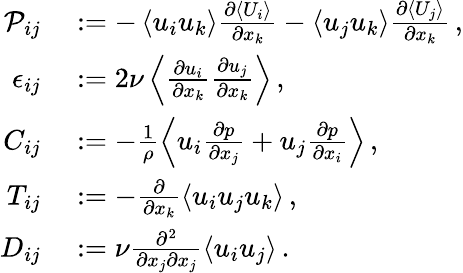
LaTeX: \begin{array}{rl}{\mathcal{P}_{ij}}&{{}:=-\left<u_{i}u_{k}\right>\frac{\partial\left<U_{i}\right>}{\partial x_{k}}-\left<u_{j}u_{k}\right>\frac{\partial\left<U_{j}\right>}{\partial x_{k}}\, ,}\\ {\epsilon_{ij}}&{{}:=2\nu\left<\frac{\partial u_{i}}{\partial x_{k}}\frac{\partial u_{j}}{\partial x_{k}}\right>\, ,}\\ {C_{ij}}&{{}:=-\frac{1}{\rho}\left<u_{i}\frac{\partial p}{\partial x_{j}}+u_{j}\frac{\partial p}{\partial x_{i}}\right>\, ,}\\ {T_{ij}}&{{}:=-\frac{\partial}{\partial x_{k}}\left<u_{i}u_{j}u_{k}\right>\, ,}\\ {D_{ij}}&{{}:=\nu\frac{\partial^{2}}{\partial x_{j}\partial x_{j}}\left<u_{i}u_{j}\right>\, .}\end{array}